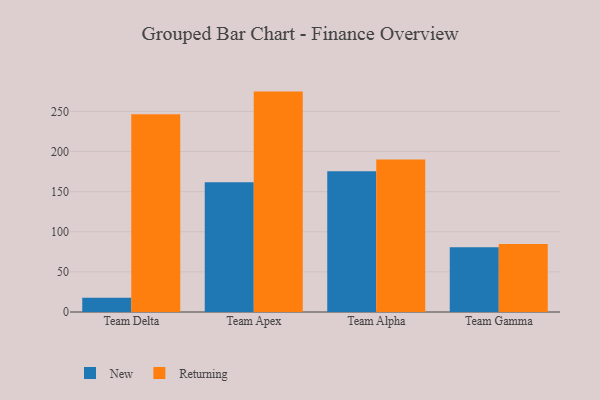
{"axis": {"x": "Team", "y": "Website Visitors"}, "legend": ["New", "Returning"], "data": [{"x": "Team Delta", "y": 17.7, "type": "New"}, {"x": "Team Delta", "y": 246.5, "type": "Returning"}, {"x": "Team Apex", "y": 161.7, "type": "New"}, {"x": "Team Apex", "y": 274.7, "type": "Returning"}, {"x": "Team Alpha", "y": 175.4, "type": "New"}, {"x": "Team Alpha", "y": 190.1, "type": "Returning"}, {"x": "Team Gamma", "y": 80.7, "type": "New"}, {"x": "Team Gamma", "y": 84.6, "type": "Returning"}]}